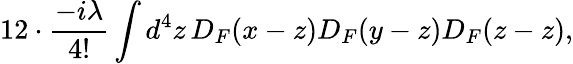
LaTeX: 12\cdot{\frac{-i\lambda}{4!}}\int d^{4}z\, D_{F}(x-z)D_{F}(y-z)D_{F}(z-z),